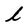
Character: l